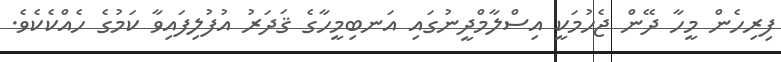
ފިރިހެން މީހާ ދޭން ޖެހުމަކީ އިސްލާމްދީނުގައި އަނބިމީހާގެ ޤަދަރު އުފުލިފައިވާ ކަމުގެ ހެއްކެކެވެ.